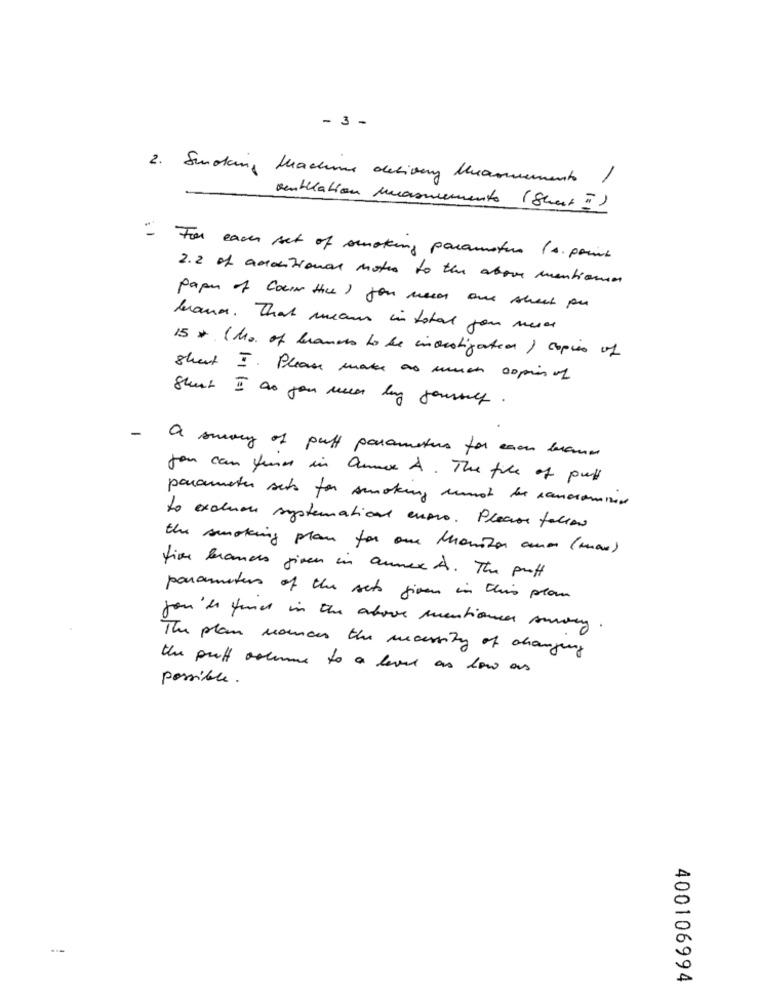
- 3 -
2 . Smoking Machus delivery Measurements I
ventilation masmemento (Short !)
"- For each set of smoking parameters (s. point
2.2 of amotional notes to the above mentione
paper of Cain the ) you ness aux sheet pu
brann. That means in total you messe
15 + (Mo. of brands to the investigation ) copies of
short I. Please make as much ospin of
Shirt I do you mean lag journey.
-
A smany of puff parameters for mon broms
you can find in amo A . The file of pull
parameter sets for smoking must be sanorommet
to excluen systematicas enero. Please facian
the smoking plan for one Monitor and (max)
fior brands given in annex A . The puff
parameters of the sets given in this plan
you is found in the above mentioned survey.
The plan nounous the massity of changing
the puff artens to a level as low as
possible.
400106994